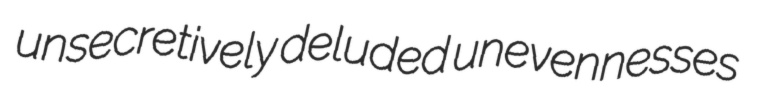
unsecretively deluded unevennesses